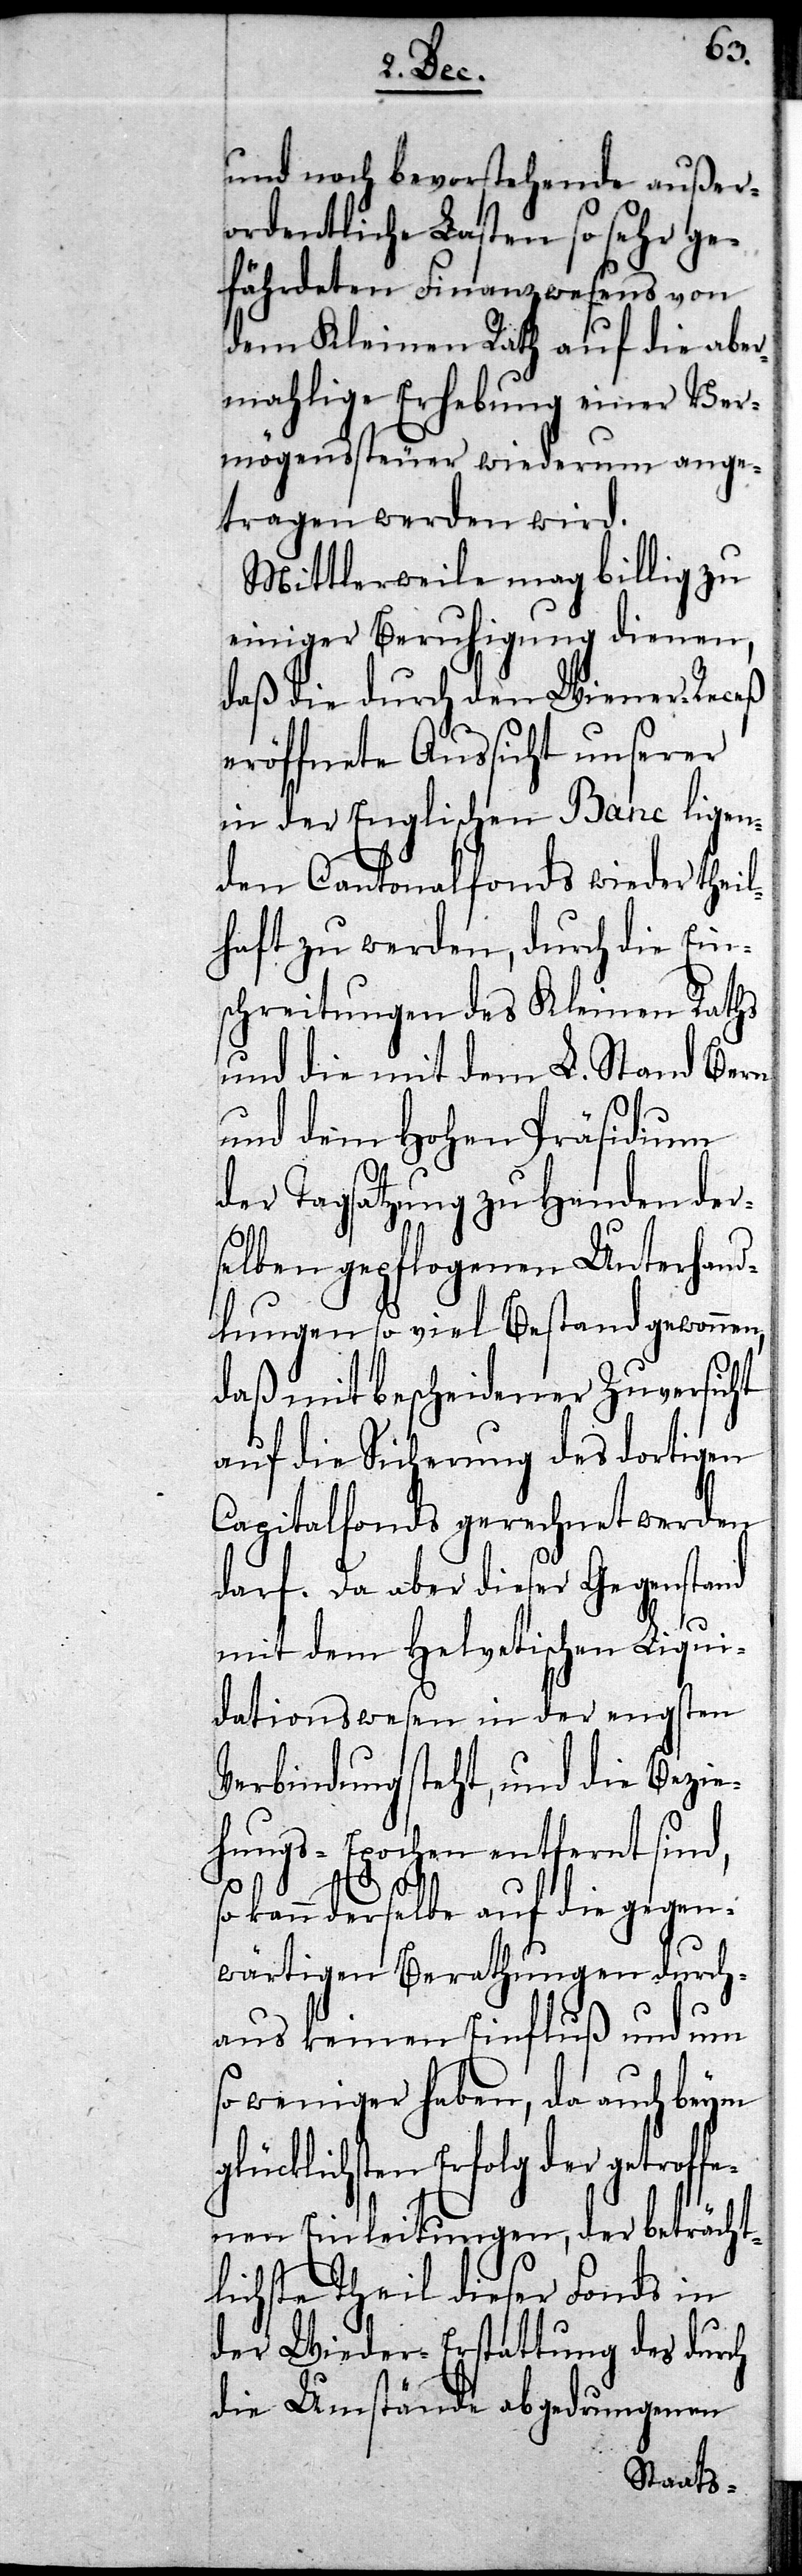
qui¬
und noch bevorstehende außer¬
ordentliche Lasten so sehr ge¬
fährdeten Finanzwesens von
dem Kleinen Rath auf die aber¬
mahlige Erhebung einer Ver¬
mögenssteuer wiederum ange¬
tragen werden wird.
Mittlerweile mag billig zu
einiger Beruhigung dienen,
daß die durch den Wiener-Receß
eröffnete Aussicht unserer
in der Englischen Banc ligen¬
den Cantonalfonds wieder the¬
haft zu werden, durch die Ein¬
schreitungen des Kleinen Raths
und die mit dem L. Stand Be¬
und dem Hohen Präsidium
der Tagsatzung zu Handen der¬
selben gepflogenen Unterhan¬
dlungen so viel Bestand gewonn¬
daß mit bescheidener Zuversicht
auf die Sicherung des dortigen
Capitalfonds gerechnet werden
darf. Da aber dieser Gegenstand
en,
mit dem Helvetischen Li¬
dationswesen in der engsten
Verbindung steht, und die Bezie¬
hungs-Epochen entfernt sind,
kann derselbe auf die gegen¬
wärtigen Berathungen durch¬
aus keinen Einfluß und um
so weniger haben, da auch beym
lg der getroffe¬
nen Einleitungen, der beträcht¬
lichste Theil dieser Fonds in
der Wieder-Erstattung des durch
die Umstände abgedrungenen